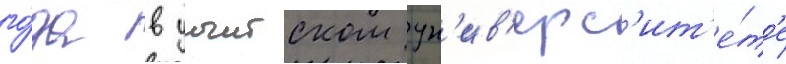
го́да в уичитском ун'ив'ерс'ит'е́т'е